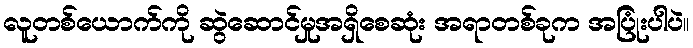
လူတစ်ယောက်ကို ဆွဲဆောင်မှုအရှိစေဆုံး အရာတစ်ခုက အပြုံးပါပဲ။